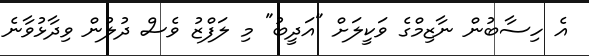
އެ ހިސާބުން ނާޒިމްގެ ވަކީލަށް "އަދީބު" މި ލަފްޒު ވެސް ދުލުން ވިދާޅުވާނެ